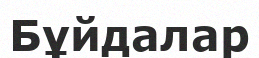
Бұйдалар